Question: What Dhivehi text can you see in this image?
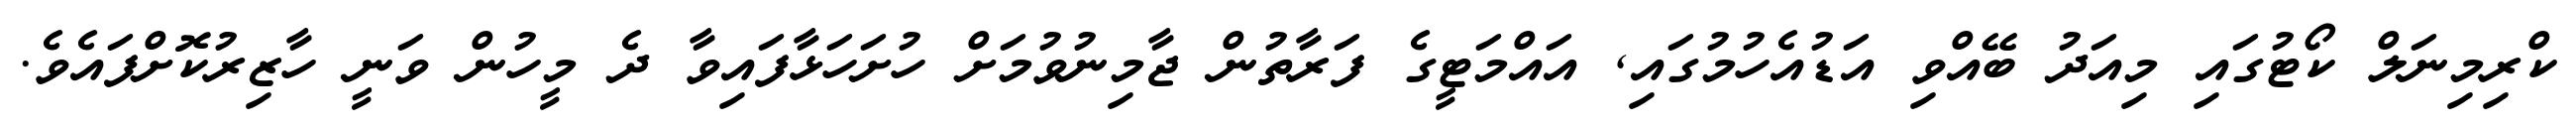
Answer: ކްރިމިނަލް ކޯޓުގައި މިއަދު ބޭއްވި އަޑުއެހުމުގައި, އައްމަޓީގެ ފަރާތުން ޖާމިނުވުމަށް ހުށަހަޅާފައިވާ ދެ މީހުން ވަނީ ހާޒިރުކޮށްފައެވެ.